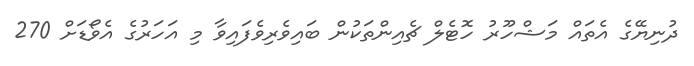
ދުނިޔޭގެ އެތައް މަޝްހޫރު ހޮޓެލް ޗެއިންތަކުން ބައިވެރިވެފައިވާ މި އަހަރުގެ އެވޯޑަށް 270